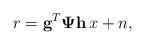
LaTeX: \begin{align*}r=\mathbf{g}^T\mathbf{\Psi}\mathbf{h}\,x+n,\end{align*}